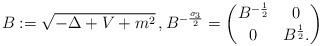
LaTeX: \begin{align*} B:= \sqrt{-\Delta +V+m^2} \, , {B}^{-\frac{\sigma _3}{2}} = \begin{pmatrix} {B}^{-\frac{1}{2}} &0 \\0 & B^{\frac{1}{2}} . \end{pmatrix}\end{align*}